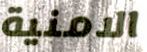
الامنية